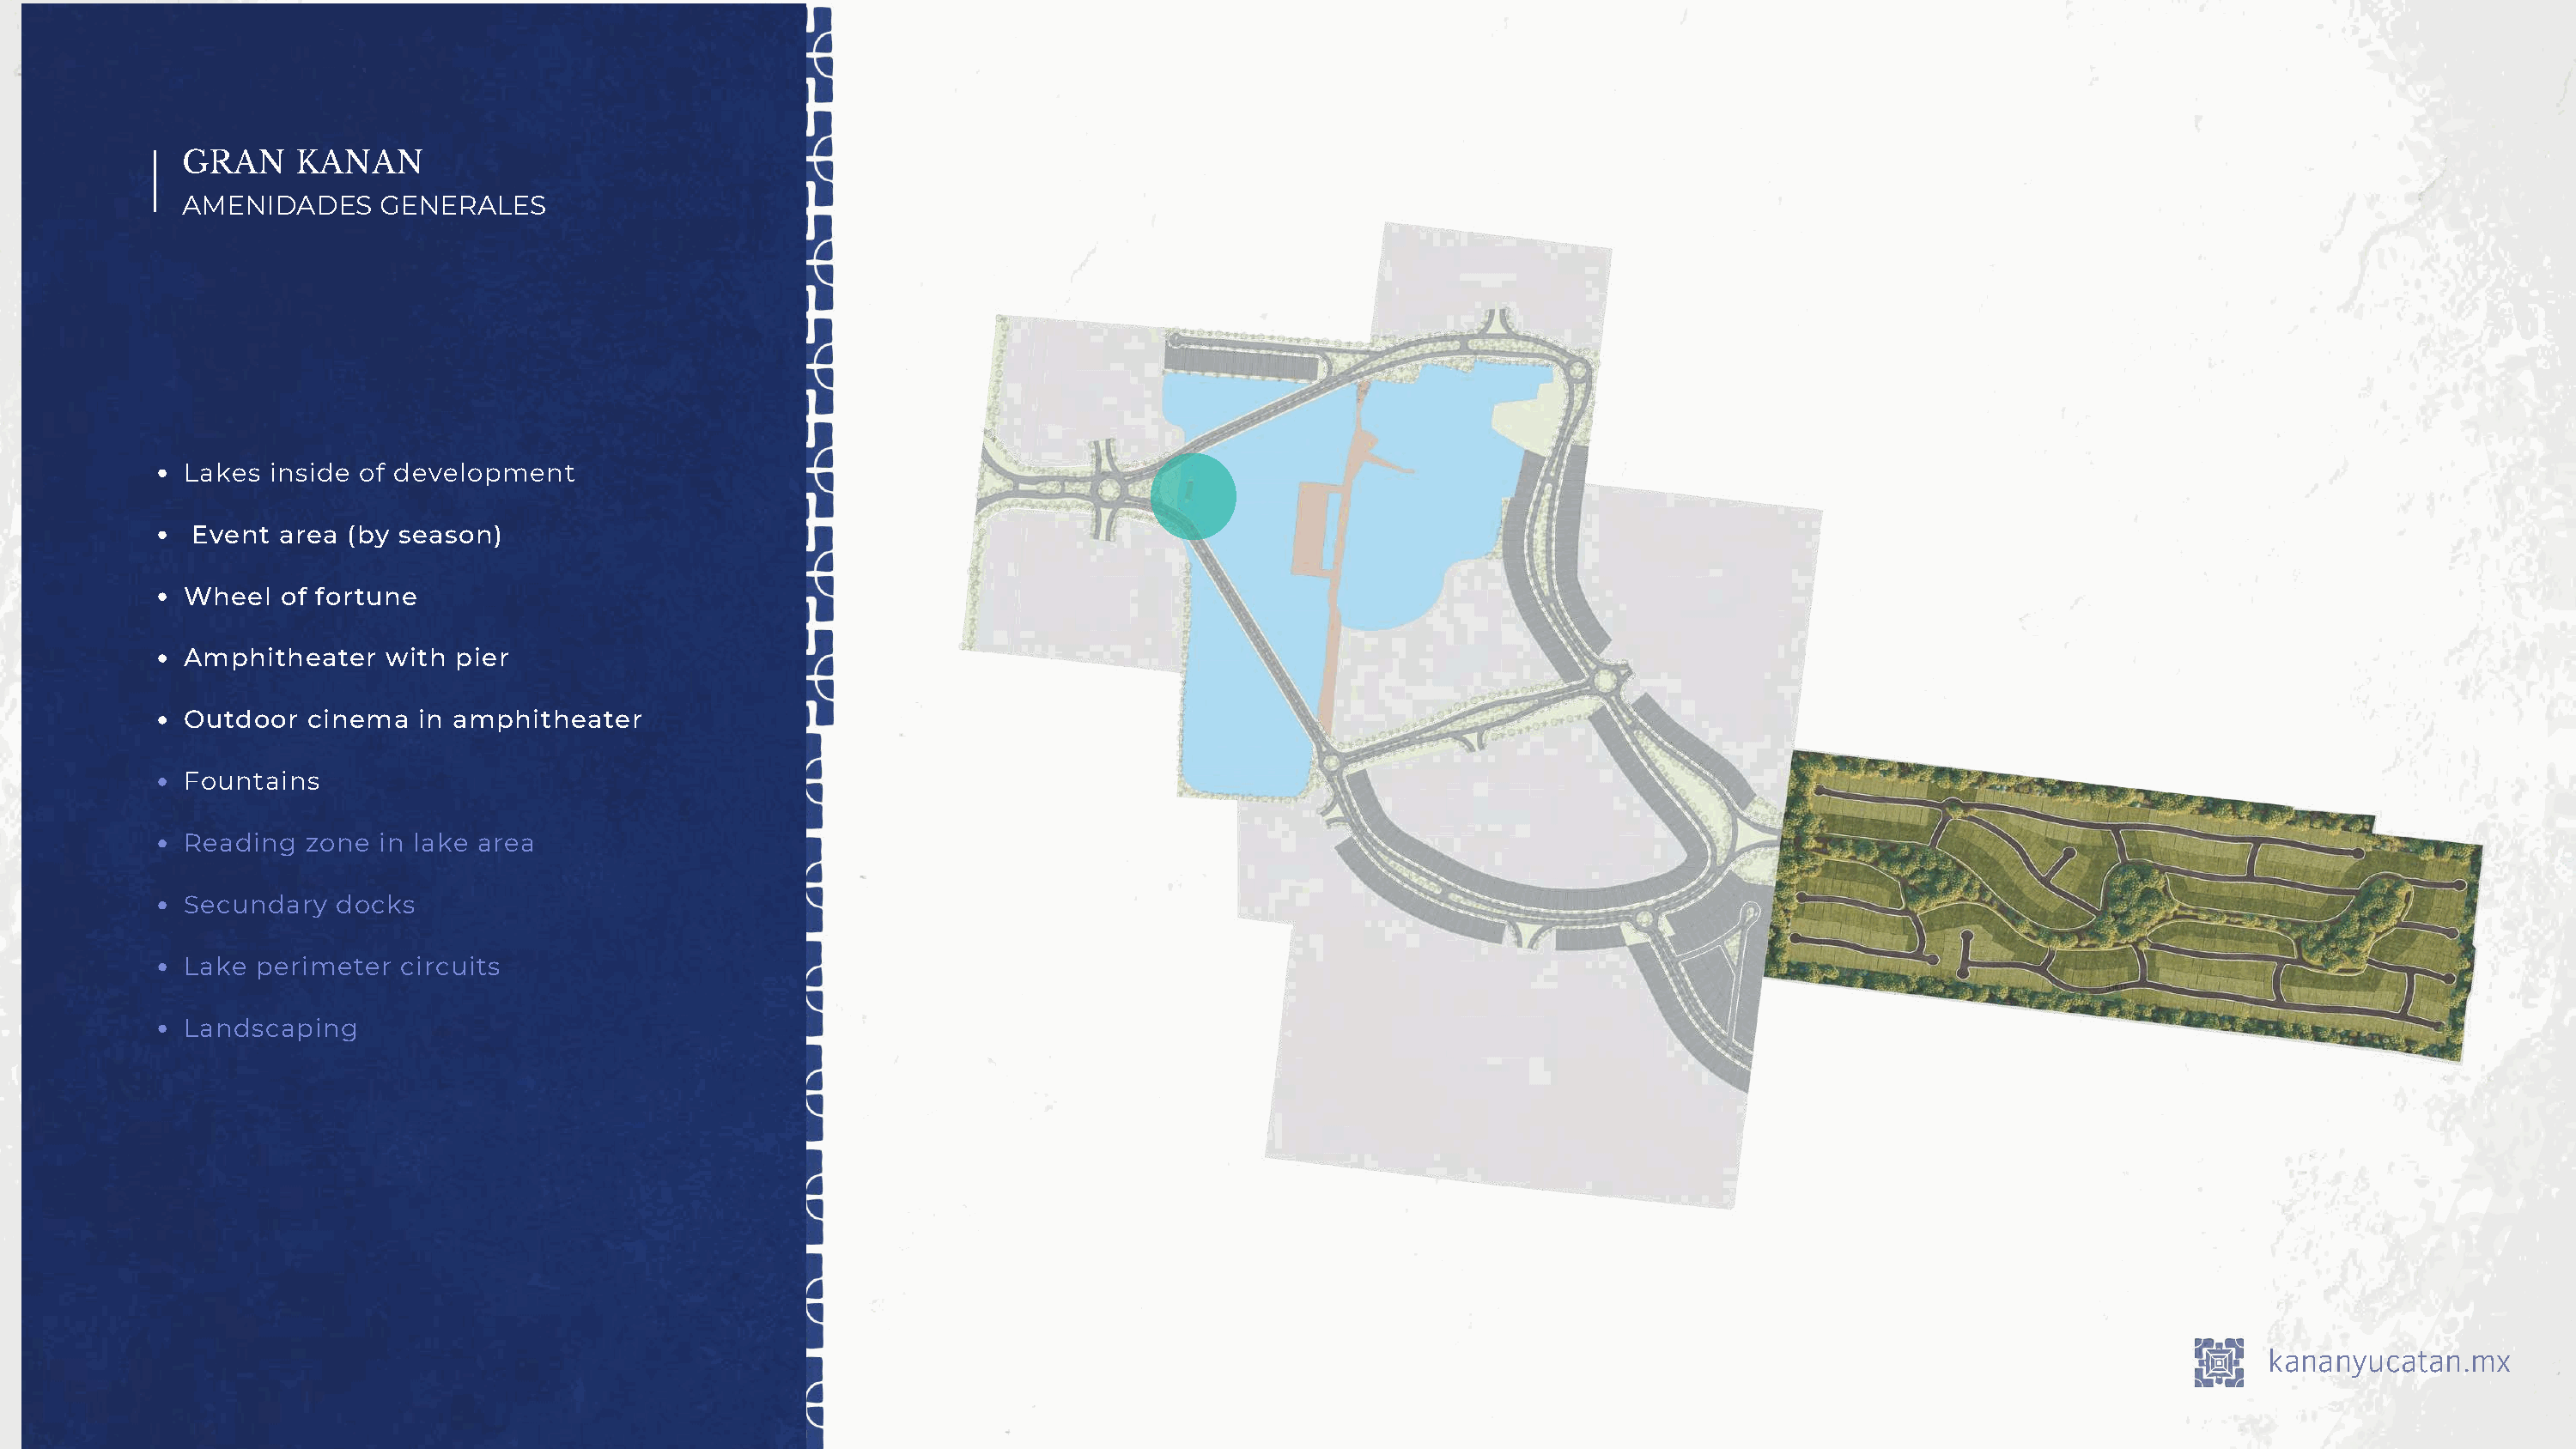
GRAN     KANAN
 AMENIDADES     GENERALES
 Lakes  inside of development
 Event area  (by season)
 Wheel   of fortune
 Amphitheater    with pier
 Outdoor   cinema  in amphitheater
 Fountains
 Reading   zone in lake area
 Secundary   docks
 Lake  perimeter  circuits
 Landscaping
 kananyucatan.mx